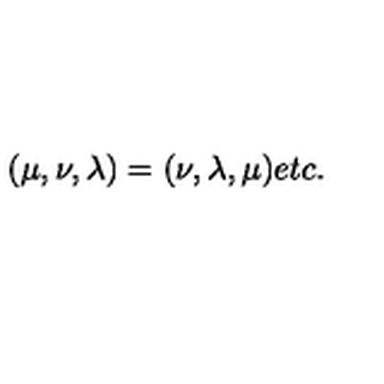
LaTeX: ( \mu , \nu , \lambda ) = ( \nu , \lambda , \mu ) e t c .